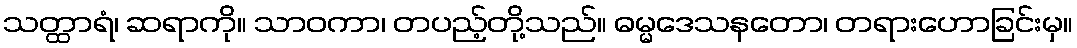
သတ္ထာရံ၊ ဆရာကို။ သာဝကာ၊ တပည့်တို့သည်။ ဓမ္မဒေသနတော၊ တရားဟောခြင်းမှ။